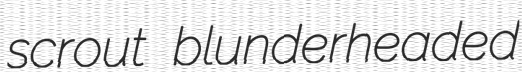
scrout blunderheaded